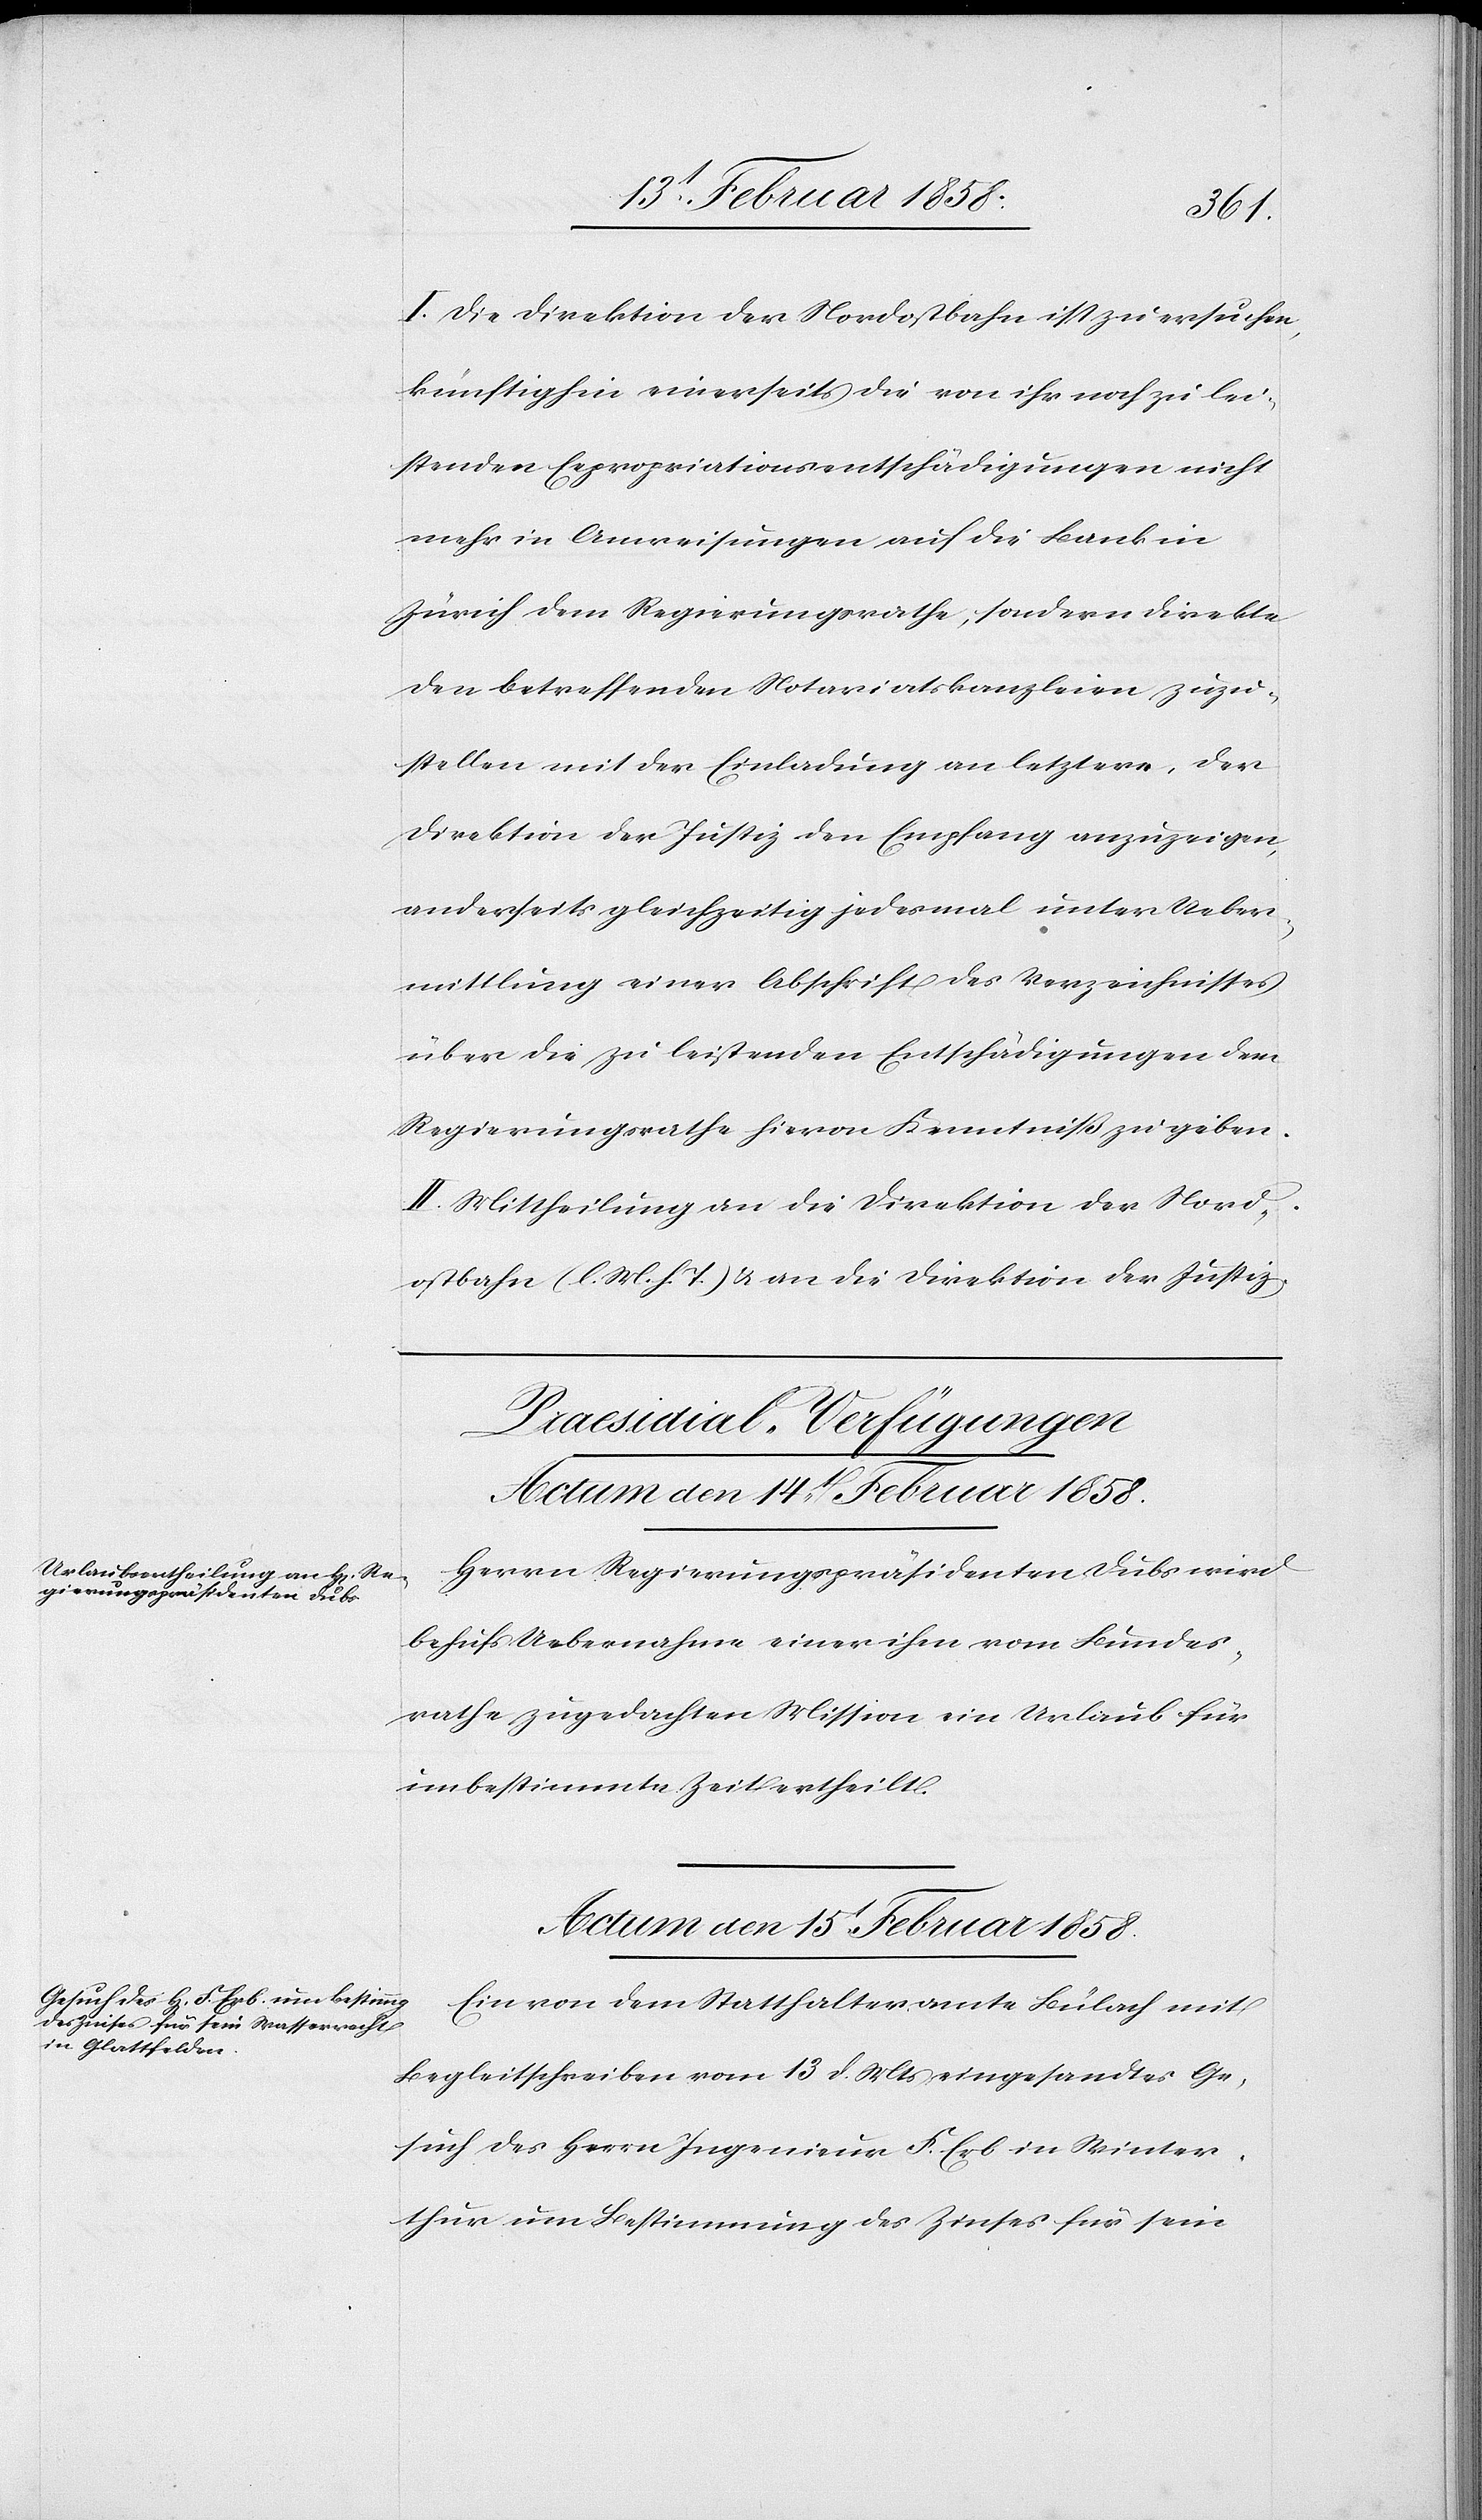
I. Die Direktion der Nordostbahn ist zu ersuchen,
künftighin einerseits die von ihr noch zu lei¬
stenden Expropriationsentschädigungen nicht
mehr in Anweisungen auf die Bank in
Zürich dem Regierungsrathe, sondern direkte
den betreffenden Notariatskanzleien zuzu¬
stellen mit der Einladung an letztere, der
Direktion der Justiz den Empfang anzuzeigen,
anderseits gleichzeitig jedesmal unter Ueber¬
mittlung einer Abschrift des Verzeichnisses
über die zu leistenden Entschädigungen dem
Regierungsrathe hievon Kenntniß zu geben.
II. Mittheilung an die Direktion der Nord¬
ostbahn (l. M. h. T) & an die Direktion der Justiz.
[Praesidial-Verfügungen]
Actum den 15t Februar 1858.
Herrn Regierungspräsidenten Dubs wird
behufs Uebernahme einer ihm vom Bundes¬
rathe zugedachten Mission ein Urlaub für
unbestimmte Zeit ertheilt.
Ein von dem Statthalteramte Bülach mit
Begleitschreiben vom 13 d. Mts eingesandtes Ge¬
such des Herrn Ingenieur F. Erb in Winter¬
thur um Bestimmung des Zinses für sein